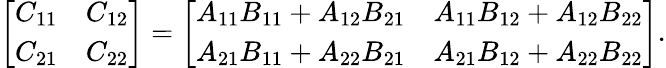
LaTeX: {\left[\begin{array}{ll}{C_{11}}&{C_{12}}\\ {C_{21}}&{C_{22}}\end{array}\right]}={\left[\begin{array}{ll}{A_{11}B_{11}+A_{12}B_{21}}&{A_{11}B_{12}+A_{12}B_{22}}\\ {A_{21}B_{11}+A_{22}B_{21}}&{A_{21}B_{12}+A_{22}B_{22}}\end{array}\right]}.